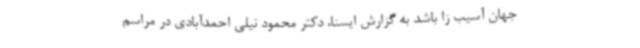
جهان آسیب زا باشد به گزارش ایسنا، دکتر محمود نیلی احمدآبادی در مراسم